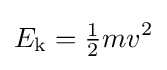
E_{\text{k}}={\tfrac {1}{2}}mv^{2}